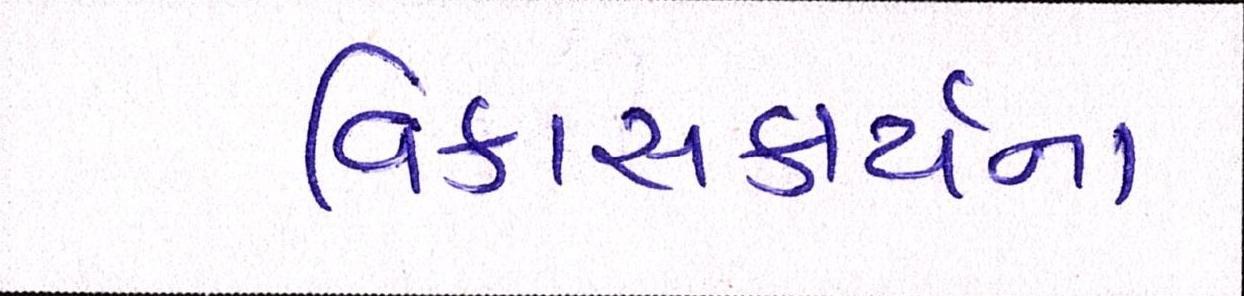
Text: વિકાસકાર્યના